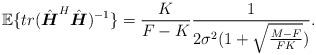
LaTeX: \begin{align*}\mathbb{E}\{tr(\hat{\boldsymbol{H}}^H\hat{\boldsymbol{H}})^{-1}\}=\frac{K}{F-K}\frac{1}{2\sigma^2(1+\sqrt{\frac{M-F}{FK}})}. \end{align*}